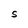
Character: S